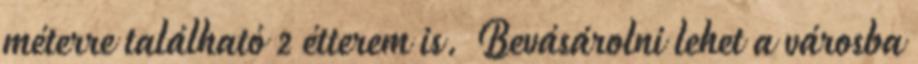
méterre található 2 étterem is. Bevásárolni lehet a városba